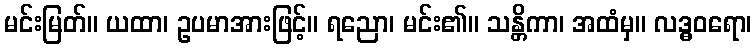
မင်းမြတ်။ ယထာ၊ ဥပမာအားဖြင့်။ ရညော၊ မင်း၏။ သန္တိကာ၊ အထံမှ။ လဒ္ဓဝရော၊